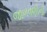
જાળવણીની